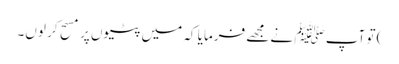
) تو آپ ﷺ نے مجھے فرمایا کہ میں پٹیوں پر مسح کر لوں۔